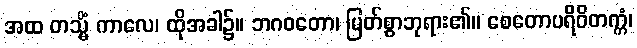
အထ တသ္မိံ ကာလေ၊ ထိုအခါ၌။ ဘဂဝတော၊ မြတ်စွာဘုရား၏။ စေတောပရိဝိတက္ကံ၊